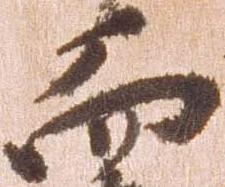
而